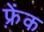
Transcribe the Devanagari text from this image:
फ़्रेंक